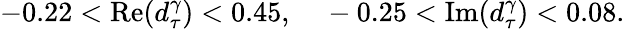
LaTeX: -0.22<\mathrm{Re}(d_{\tau}^{\gamma})<0.45,\ \ \ \ -0.25<\mathrm{Im}(d_{\tau}^{\gamma})<0.08.